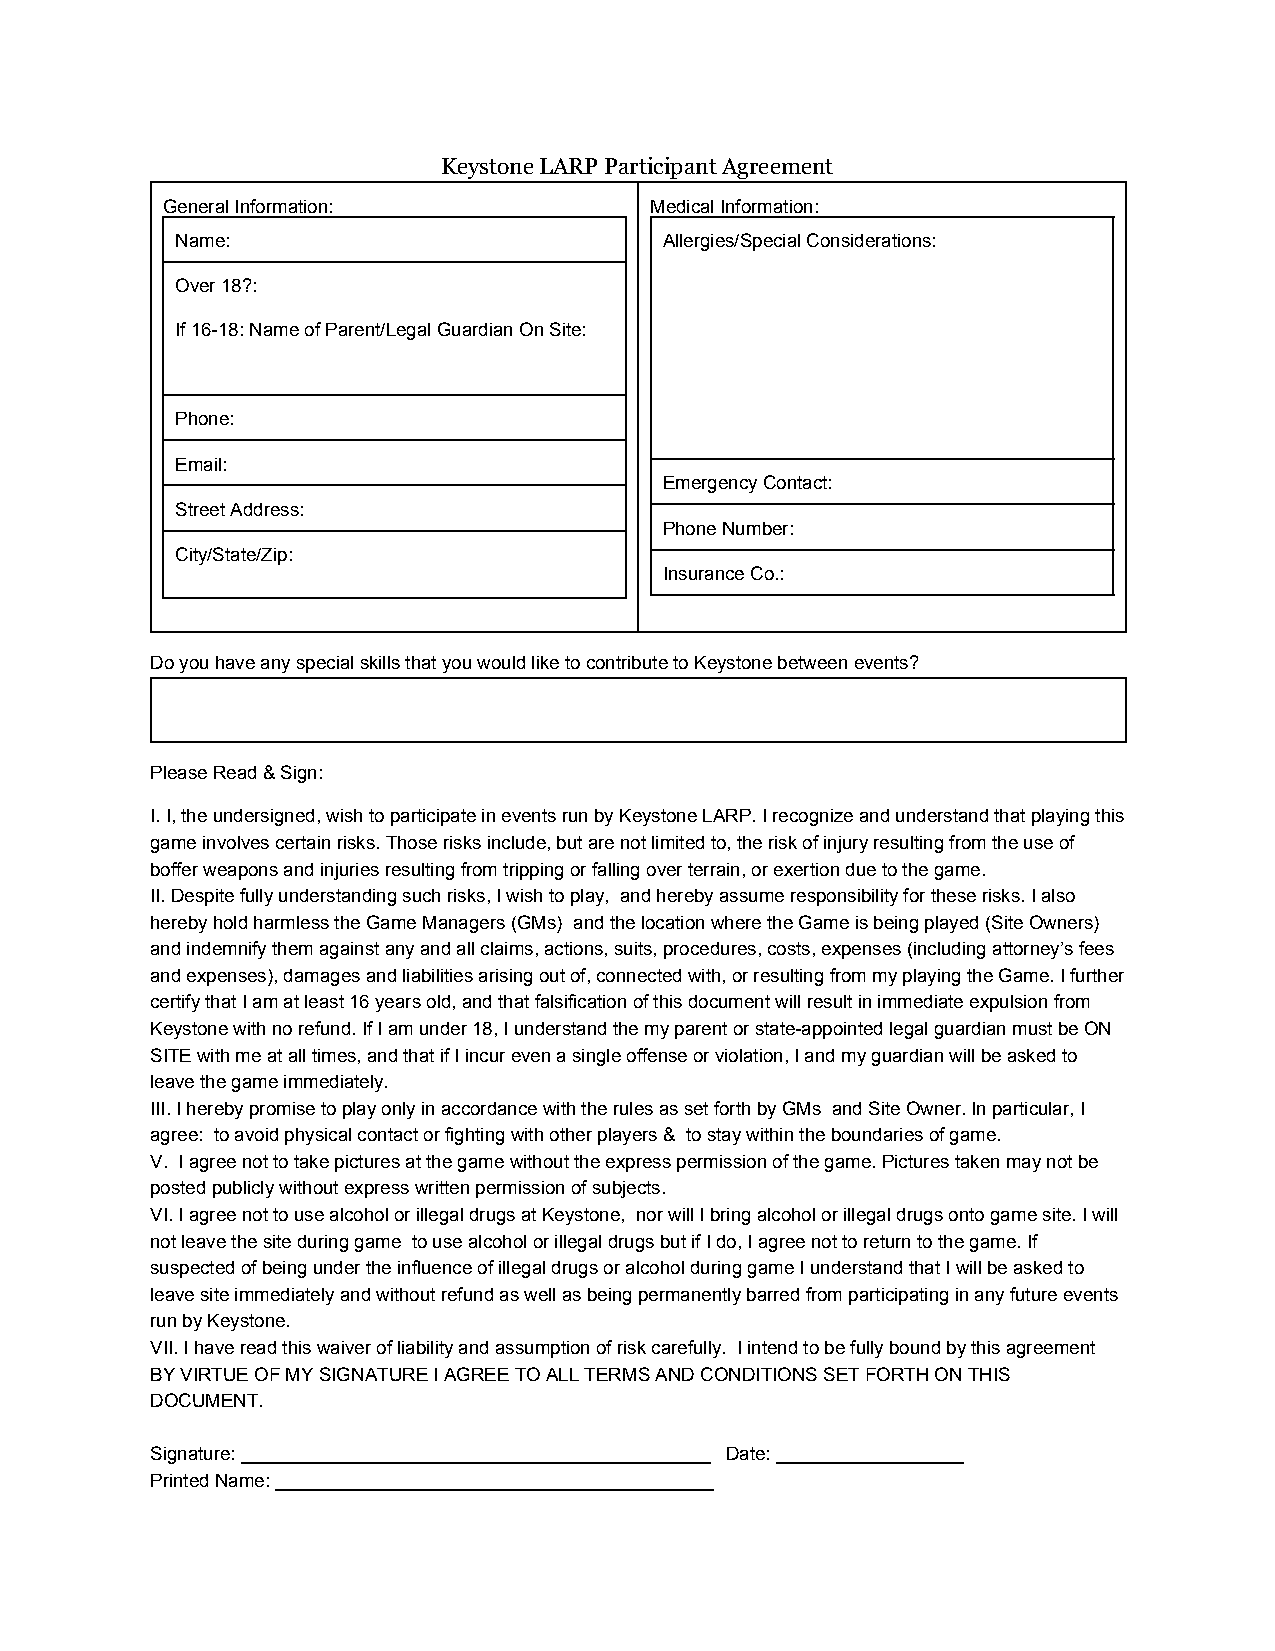
Keystone LARP Participant Agreement
 General Information:            Medical Information:
 Name:                           Allergies/Special Considerations:
 Over 18?:
 If 16­18: Name of Parent/Legal Guardian On Site:
 Phone:
 Email:
 Emergency Contact:
 Street Address:
 Phone Number:
 City/State/Zip:
 Insurance Co.:
 Do you have any special skills that you would like to contribute to Keystone between events?
 Please Read & Sign:
 I. I, the undersigned, wish to participate in events run by Keystone LARP. I recognize and understand that playing this
 game involves certain risks. Those risks include, but are not limited to, the risk of injury resulting from the use of
 boffer weapons and injuries resulting from tripping or falling over terrain, or exertion due to the game.
 II. Despite fully understanding such risks, I wish to play, and hereby assume responsibility for these risks. I also
 hereby hold harmless the Game Managers (GMs) and the location where the Game is being played (Site Owners)
 and indemnify them against any and all claims, actions, suits, procedures, costs, expenses (including attorney’s fees
 and expenses), damages and liabilities arising out of, connected with, or resulting from my playing the Game. I further
 certify that I am at least 16 years old, and that falsification of this document will result in immediate expulsion from
 Keystone with no refund. If I am under 18, I understand the my parent or state­appointed legal guardian must be ON
 SITE with me at all times, and that if I incur even a single offense or violation, I and my guardian will be asked to
 leave the game immediately.
 III. I hereby promise to play only in accordance with the rules as set forth by GMs and Site Owner. In particular, I
 agree: to avoid physical contact or fighting with other players & to stay within the boundaries of game.
 V. I agree not to take pictures at the game without the express permission of the game. Pictures taken may not be
 posted publicly without express written permission of subjects.
 VI. I agree not to use alcohol or illegal drugs at Keystone, nor will I bring alcohol or illegal drugs onto game site. I will
 not leave the site during game to use alcohol or illegal drugs but if I do, I agree not to return to the game. If
 suspected of being under the influence of illegal drugs or alcohol during game I understand that I will be asked to
 leave site immediately and without refund as well as being permanently barred from participating in any future events
 run by Keystone.
 VII. I have read this waiver of liability and assumption of risk carefully. I intend to be fully bound by this agreement
 BY VIRTUE OF MY SIGNATURE I AGREE TO ALL TERMS AND CONDITIONS SET FORTH ON THIS
 DOCUMENT.
 Signature: _____________________________________________ Date: __________________
 Printed Name: __________________________________________